Report of the Indian Hemp Drugs Commission, 1894-1895 - Volume V
Year: 1894
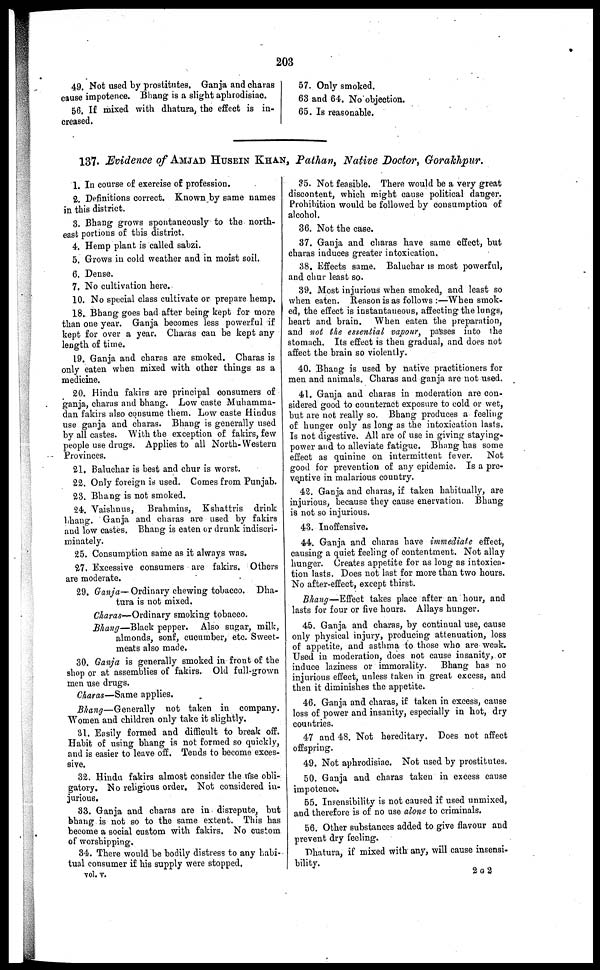
203
49. Not used by prostitutes. Ganja and charas
cause impotence. Bhang is a slight aphrodisiac.
56. If mixed with dhatura, the effect is in-
creased.
57. Only smoked.
63 and 64. No objection.
65. Is reasonable.
137. Evidence of AMJAD HUSEIN KHAN, Pathan, Native Doctor, Gorakhpur.
1. In course of exercise of profession.
2. Definitions correct. Known by same names
in this district.
3. Bhang grows spontaneously to the north-
east portions of this district.
4. Hemp plant is called sabzi.
5. Grows in cold weather and in moist soil.
6. Dense.
7. No cultivation here.
10. No special class cultivate or prepare hemp.
18. Bhang goes bad after being kept for more
than one year. Ganja becomes less powerful if
kept for over a year. Charas can be kept any
length of time.
19. Ganja and charas are smoked. Charas is
only eaten when mixed with other things as a
medicine.
20. Hindu fakirs are principal consumers of
ganja, charas and bhang. Low caste Muhamma-
dan fakirs also consume them. Low caste Hindus
use ganja and charas. Bhang is generally used
by all castes. With the exception of fakirs, few
people use drugs. Applies to all North-Western
Provinces.
21. Baluchar is best and chur is worst.
22. Only foreign is used. Comes from Punjab.
23. Bhang is not smoked.
24. Vaishnus, Brahmins, Kshattris drink
bhang. Ganja and charas are used by fakirs
and low castes. Bhang is eaten or drunk indiscri-
minately.
25. Consumption same as it always was.
27. Excessive consumers are fakirs. Others
are moderate.
29. Ganja—Ordinary chewing tobacco. Dha-
tura is not mixed.
Charas—Ordinary smoking tobacco.
Bhang—Black pepper. Also sugar, milk,
almonds, sonf, cucumber, etc. Sweet-
meats also made.
30. Ganja is generally smoked in front of the
shop or at assemblies of fakirs. Old full-grown
men use drugs.
Charas—Same applies.
Bhang—Generally not taken in company.
Women and children only take it slightly.
31. Easily formed and difficult to break off.
Habit of using bhang is not formed so quickly,
and is easier to leave off. Tends to become exces-
sive.
32. Hindu fakirs almost consider the use obli-
gatory. No religious order. Not considered in-
jurious.
33. Ganja and charas are in disrepute, but
bhang is not so to the same extent. This has
become a social custom with fakirs, No custom
of worshipping.
34. There would be bodily distress to any habi-
tual consumer if his supply were stopped.
35. Not feasible. There would be a very great
discontent, which might cause political danger.
Prohibition would be followed by consumption of
alcohol.
36. Not the case.
37. Ganja and charas have same effect, but
charas induces greater intoxication.
38. Effects same. Baluchar is most powerful,
and chur least so.
39. Most injurious when smoked, and least so
when eaten. Reason is as follows :—When smok-
ed, the effect is instantaneous, affecting the lungs,
heart and brain. When eaten the preparation,
and not the essential vapour, pas3ses into the
stomach. Its effect is then gradual, and does not
affect the brain so violently.
40. Bhang is used by native practitioners for
men and animals. Charas and ganja are not used.
41. Ganja and charas in moderation are con-
sidered good to counteract exposure to cold or wet,
but are not really so. Bhang produces a feeling
of hunger only as long as the intoxication lasts.
Is not digestive. All are of use in giving staying-
power and to alleviate fatigue. Bhang has some
effect as quinine on intermittent fever.
Not
good for prevention of any epidemic. Is a pre-
ventive in malarious country.
42. Ganja and charas, if taken habitually, are
injurious, because they cause enervation. Bhang
is not so injurious.
43. Inoffensive.
44. Ganja and charas have immediate effect,
causing a quiet feeling of contentment. Not allay
hunger. Creates appetite for as long as intoxica-
tion lasts. Does not last for more than two hours.
No after-effect, except thirst.
Bhang—Effect takes place after an hour, and
lasts for four or five hours. Allays hunger.
45. Ganja and charas, by continual use, cause
only physical injury, producing attenuation, loss
of appetite, and asthma to those who are weak.
Used in moderation, does not cause insanity, or
induce laziness or immorality.
Bhang has no
injurious effect, unless taken in great excess, and
then it diminishes the appetite.
46. Ganja and charas, if taken in excess, cause
loss of power and insanity, especially in hot, dry
countries.
47 and 48. Not hereditary. Does not affect
offspring.
49. Not aphrodisiac. Not used by prostitutes.
50. Ganja and charas taken in excess cause
impotence.
55. Insensibility is not caused if used unmixed,
and therefore is of no use alone to criminals.
56. Other substances added to give flavour and
prevent dry feeling.
Dhatura, if mixed with any, will cause insensi-
bility.
vol. v.
2 G 2